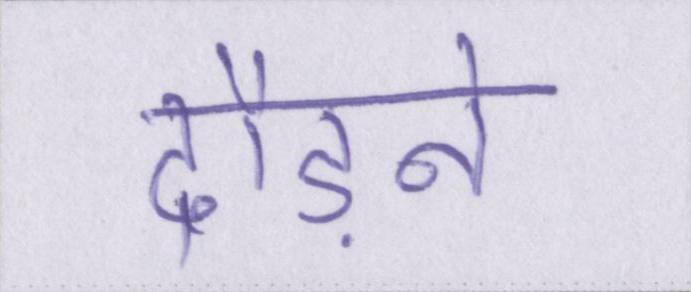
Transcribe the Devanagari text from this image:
दौड़ने